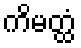
ကိမတ္ထံ